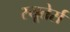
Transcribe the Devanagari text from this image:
रयूतेर्स